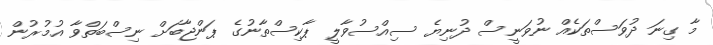
މާ ގިނަ ދުވަސްތަކެއް ނުވަނީސް ދުނިޔެ ސިއްސުވާލީ ޕާކިސްތާނުގެ ޕަންޖާބަށް ނިސްބަތްވާ އުމުރުން